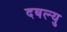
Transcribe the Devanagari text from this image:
दबल्यु